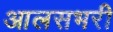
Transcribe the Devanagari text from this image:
आलसभरी